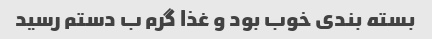
بسته بندی خوب بود و غذا گرم ب دستم رسید